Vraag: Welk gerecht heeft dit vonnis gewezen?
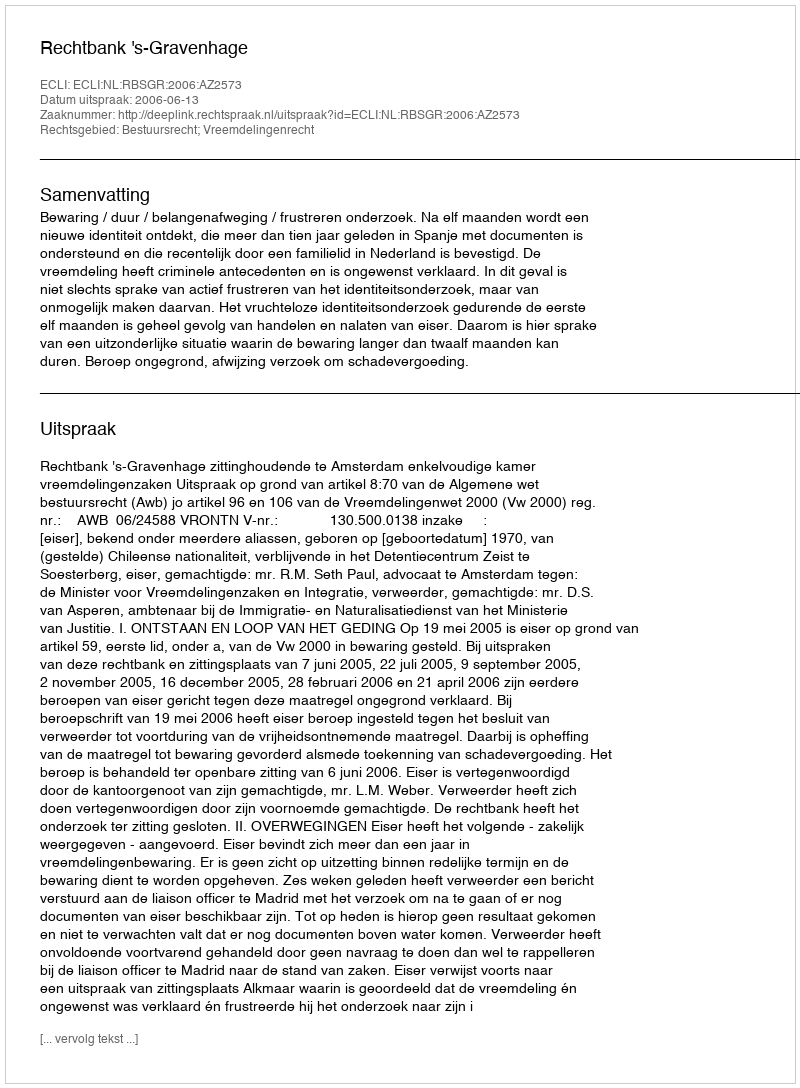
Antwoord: Rechtbank 's-Gravenhage